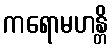
ကရောမဟန္တိ